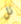
نل